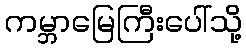
ကမ္ဘာမြေကြီးပေါ်သို့